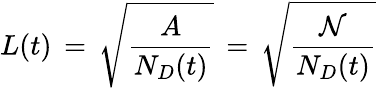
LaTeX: L(t)\, =\, \sqrt{\frac{A}{N_{D}(t)}}\, =\, \sqrt{\frac{\mathcal{N}}{N_{D}(t)}}